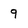
Character: 9